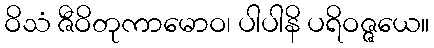
ဝိသံ ဇီဝိတုကာမောဝ၊ ပါပါနိ ပရိဝဇ္ဇယေ။